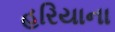
હરિયાના